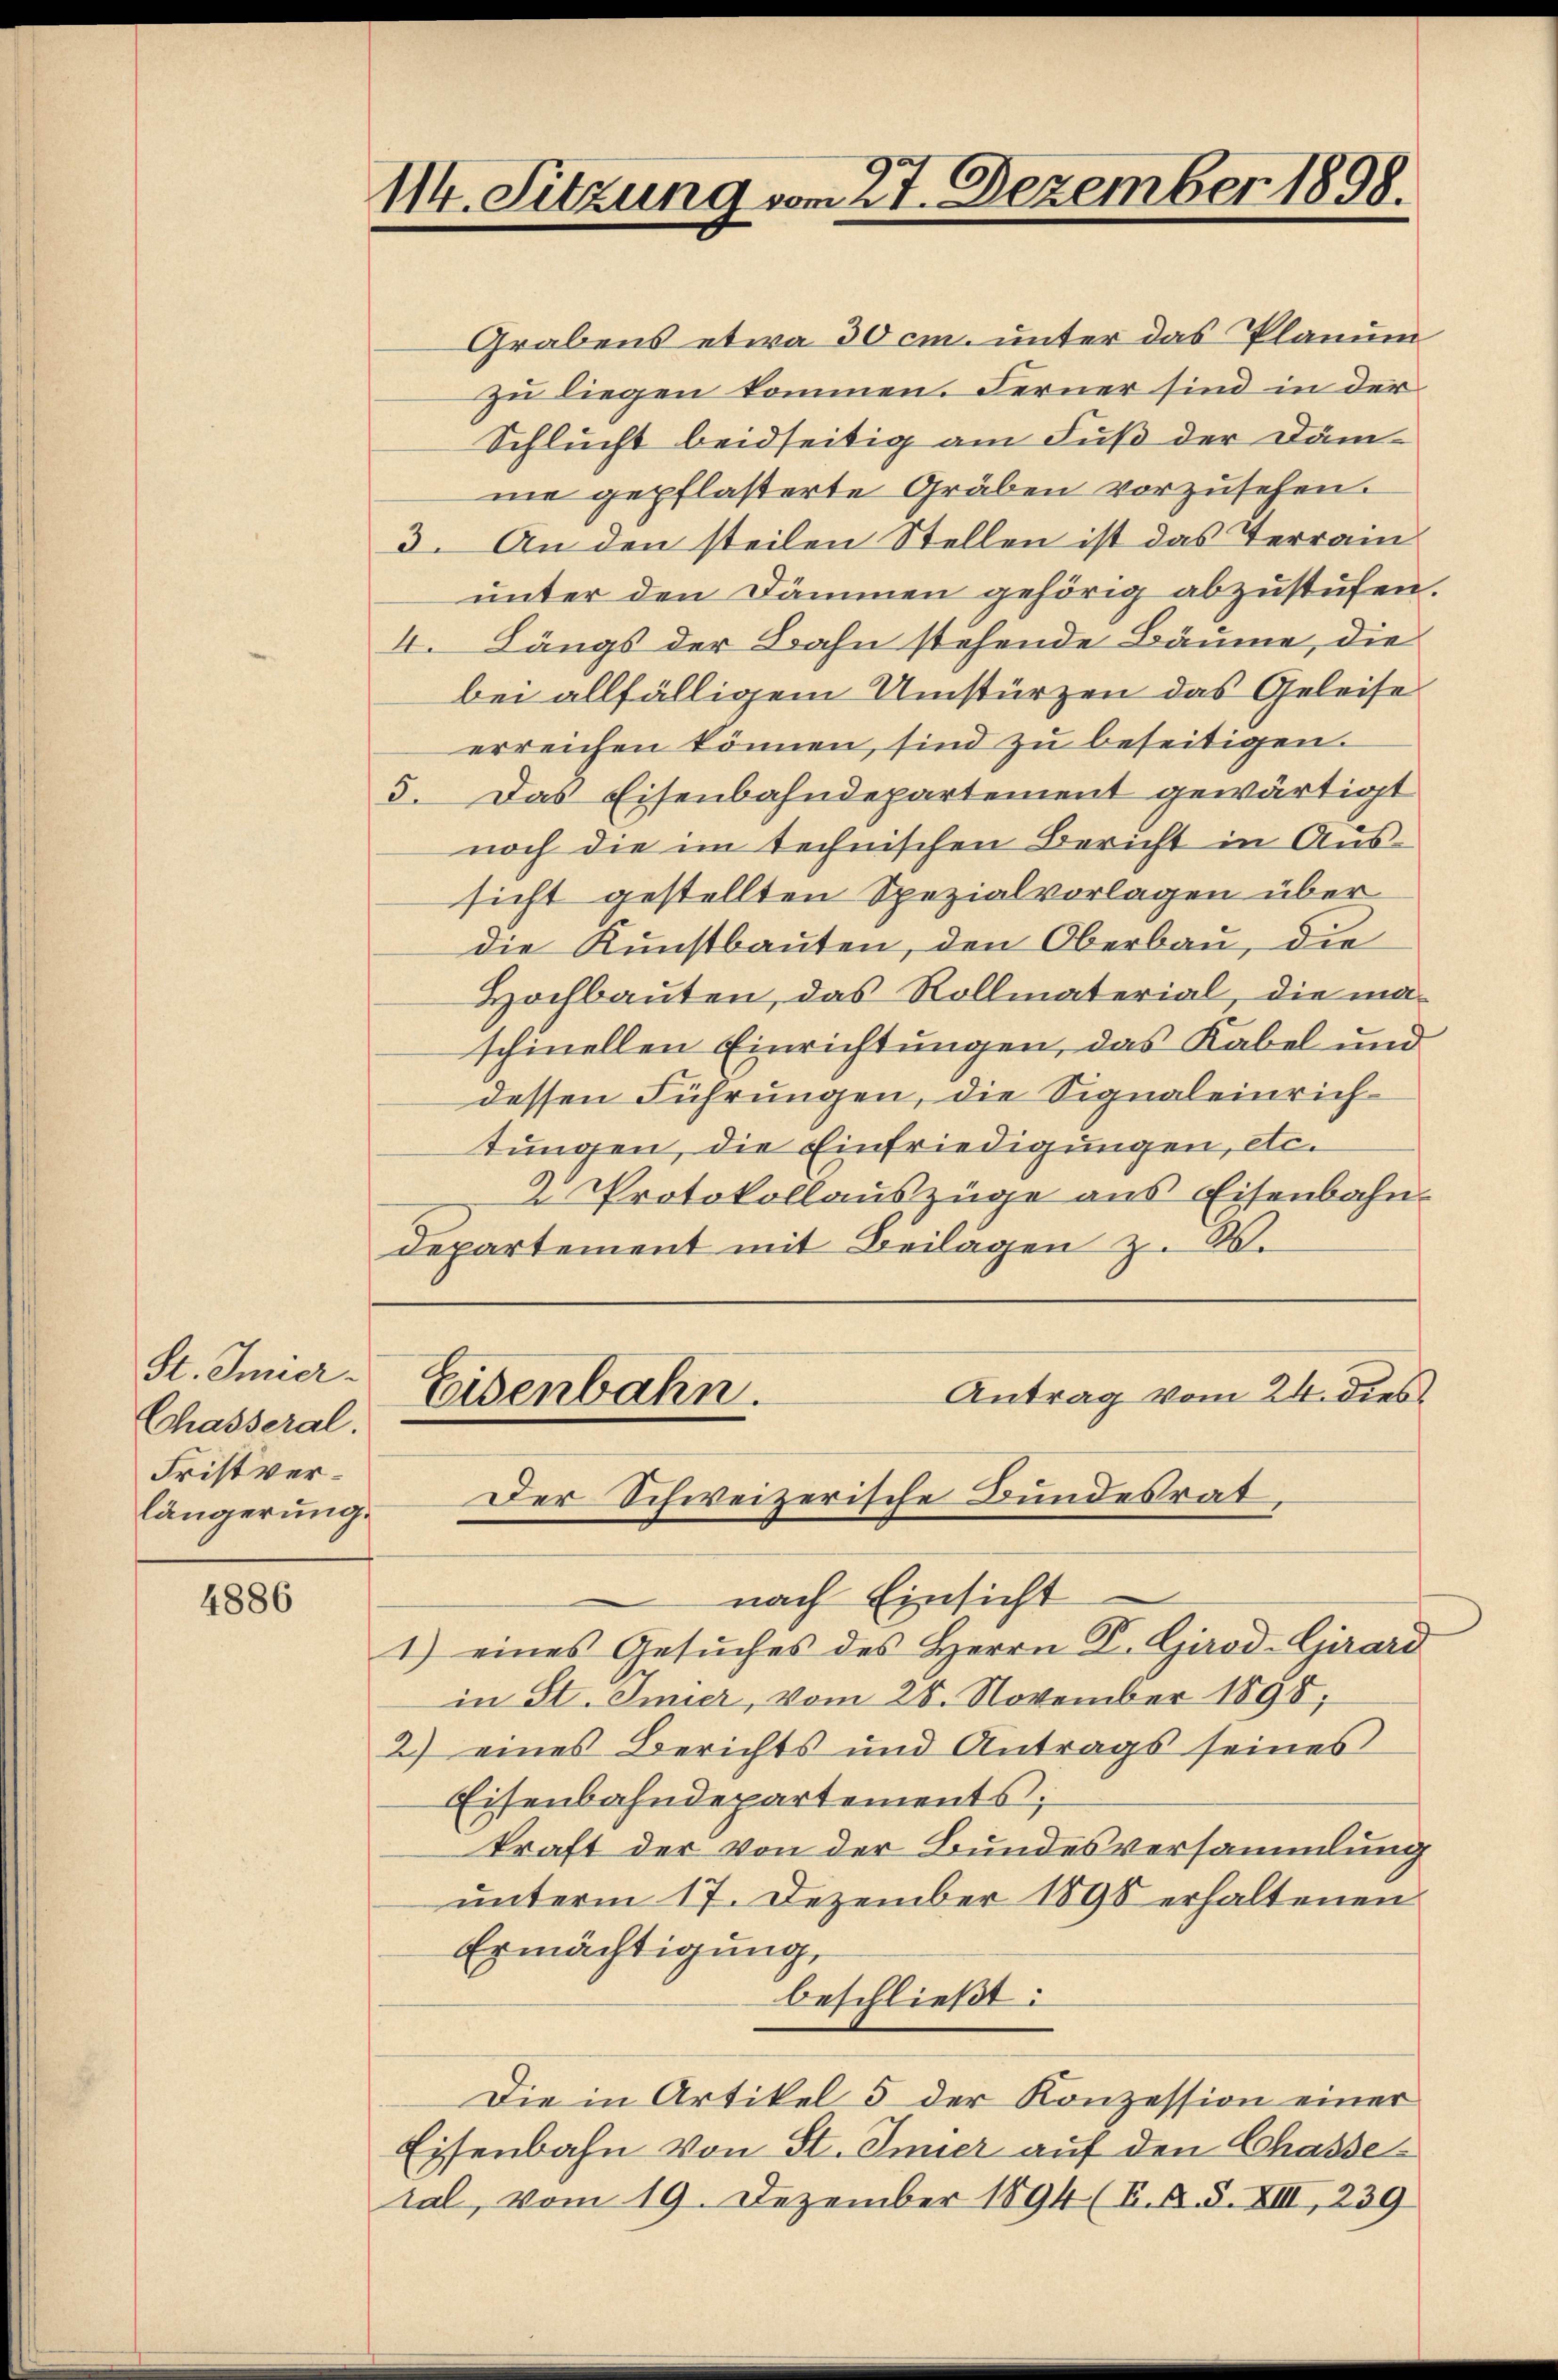
St. Amier.
Chasseral.
Fristverlängerung.

4886

114. Sitzung vom 27. Dezember 1898.

Grabens etwa 30 cm. unter das Planum
zu liegen kommen. Ferner sind in der
Schlucht beidseitig am Fuß der Däm-
me gepflasterte Gräben vorzusehen.
3. An den steilen Stellen ist das Terrain
unter den Dämmen gehörig abzustufen.
4. Längs der Bahn stehende Bäume, die
bei allfälligem Umstürzen das Geleise
erreichen können, sind zu beseitigen.
5. Das Eisenbahndepartement gewärtigt
noch die im technischen Bericht in Aussicht gestellten Spezialvorlagen über
die Kunstbauten, den Oberbau, die
Hochbauten, das Rollmaterial, die maschinellen Einrichtungen, das Kabel und
dessen Führungen, die Signaleinrichtungen, die Einfriedigungen, etc.
2. Protokollauszüge aus Eisenbahndepartement mit Beilagen z. W.

nach Einsicht
1) eines Gesŭches des Herrn V. Girod-Girard
in St. Imier, vom 28. November 1898,
2) eines Berichts und Antrags seines
Eisenbahndepartements;
kraft der von der Bundesversammlung
unterm 17. Dezember 1898 erhaltenen
Ermächtigung,
beschließt:
Die in Artikel 5 der Konzession einer
Eisenbahn von St. Inner auf den Chasseral, vom 19. Dezember 1894 (B. A. S. XIII, 239

Antrag vom 24. dies
Eisenbahn.
Der Schweizerische Bundesrat